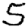
Digit: 5